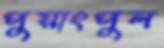
পুয়াংপুল